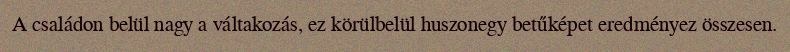
A családon belül nagy a váltakozás, ez körülbelül huszonegy betűképet eredményez összesen.